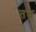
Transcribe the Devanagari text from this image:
तत्व